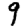
Digit: 9